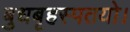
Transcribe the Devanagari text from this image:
बुधबृहस्पतयो।